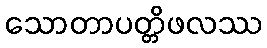
သောတာပတ္တိဖလဿ